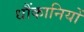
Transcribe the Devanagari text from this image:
धौंकानियों